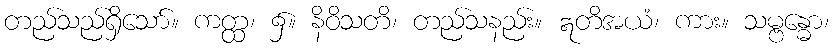
တည်သည်ရှိသော်။ ကတ္ထ၊ ၌။ နိဝိသတိ၊ တည်သနည်း။ ဣတိအယံ၊ ကား။ သမ္ဗန္ဓော၊